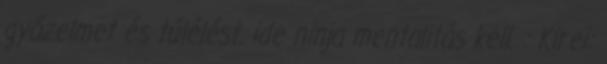
győzelmet és túlélést. ide ninja mentalitás kell. : Kirei: